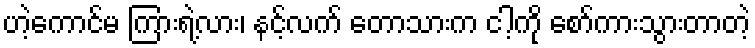
ဟဲ့ကောင်မ ကြားရဲ့လား၊ နင့်လက် တောသားက ငါ့ကို စော်ကားသွားတာတဲ့